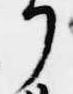
了